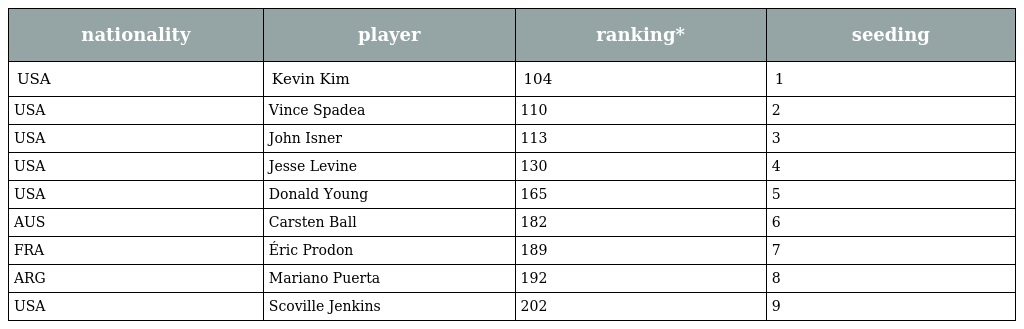
| nationality | player | ranking* | seeding |
 | --- | --- | --- | --- |
 | USA | Kevin Kim | 104 | 1 |
 | USA | Vince Spadea | 110 | 2 |
 | USA | John Isner | 113 | 3 |
 | USA | Jesse Levine | 130 | 4 |
 | USA | Donald Young | 165 | 5 |
 | AUS | Carsten Ball | 182 | 6 |
 | FRA | Éric Prodon | 189 | 7 |
 | ARG | Mariano Puerta | 192 | 8 |
 | USA | Scoville Jenkins | 202 | 9 |